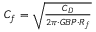
\begin{array} { r } { C _ { f } = \sqrt { \frac { C _ { D } } { 2 \pi \cdot G B P \cdot R _ { f } } } } \end{array}